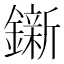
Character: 𨭩